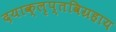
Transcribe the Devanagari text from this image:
दयाक्लृप्तविग्रहाय